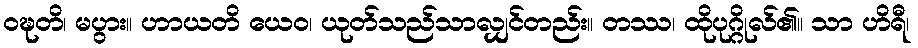
ဝဍ္ဎတိ၊ မပွား။ ဟာယတိ ယေဝ၊ ယုတ်သည်သာလျှင်တည်း။ တဿ၊ ထိုပုဂ္ဂိုလ်၏။ သာ ဟိရီ၊